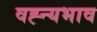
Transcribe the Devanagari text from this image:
वह्न्यभाव